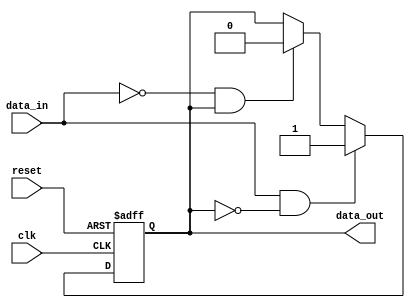
module schmitt_buffer (
    input wire clk,
    input wire reset,
    input wire data_in,
    output reg data_out
);

reg reg_data;

always @(posedge clk or posedge reset) begin
    if (reset) begin
        reg_data <= 1'b0;
    end else begin
        if (data_in == 1'b1 && reg_data == 1'b0) begin
            reg_data <= 1'b1;
        end else if (data_in == 1'b0 && reg_data == 1'b1) begin
            reg_data <= 1'b0;
        end
    end
end

assign data_out = reg_data;

endmodule